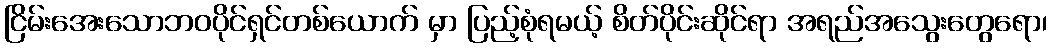
ငြိမ်းအေးသောဘဝပိုင်ရှင်တစ်ယောက် မှာ ပြည့်စုံရမယ့် စိတ်ပိုင်းဆိုင်ရာ အရည်အသွေးတွေရော၊